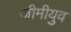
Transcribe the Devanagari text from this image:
ज़ीमीयुव